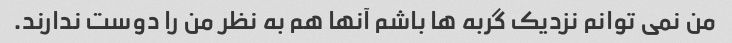
من نمی توانم نزدیک گربه ها باشم آنها هم به نظر من را دوست ندارند.